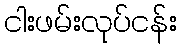
ငါးဖမ်းလုပ်ငန်း